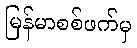
မြန်မာစစ်ဖက်မှ